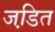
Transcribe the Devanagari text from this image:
जडि़त